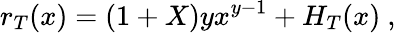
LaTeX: r_{T}(x)=(1+X)yx^{y-1}+H_{T}(x)\ ,